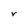
Character: r